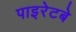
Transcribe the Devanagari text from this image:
पाइरेटबे